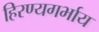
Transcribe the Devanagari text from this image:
हिरण्यगर्भाय